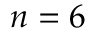
n = 6